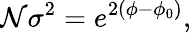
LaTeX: \mathcal{N}\sigma^{2}=e^{2(\phi-\phi_{0})},